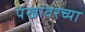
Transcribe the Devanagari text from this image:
पंखावरच्या